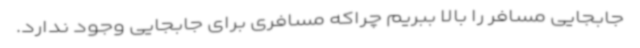
جابجایی مسافر را بالا ببریم چراکه مسافری برای جابجایی وجود ندارد.